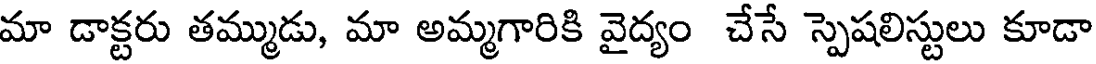
మా డాక్టరు తమ్ముడు, మా అమ్మగారికి వైద్యం చేసే స్పెషలిస్టులు కూడా